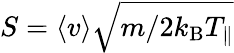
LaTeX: S=\langle v\rangle\sqrt{m/2k_{\mathrm{B}}T_{\parallel}}